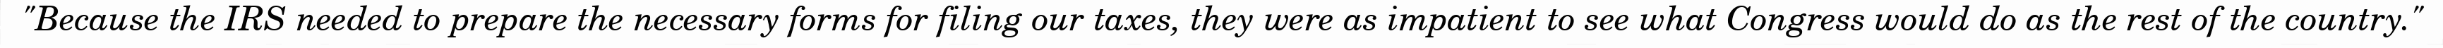
"Because the IRS needed to prepare the necessary forms for filing our taxes, they were as impatient to see what Congress would do as the rest of the country."